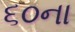
૬૦ના